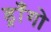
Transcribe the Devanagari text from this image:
ड्राँगो